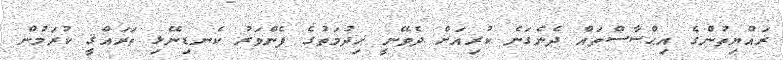
ރައްޔިތުންގެ އިޙްސާސްތައް ދެނެގަނެ ކުރިއަށް ދެވޭނީ ޚިދުމަތުގެ ފެންވަރު ކެނޑިނޭޅި ތަރައްޤީ ކުރަމުން